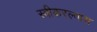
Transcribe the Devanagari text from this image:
स्वीकरल्यास